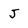
Character: J